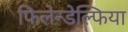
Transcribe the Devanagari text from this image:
फिलेन्डेल्फिया